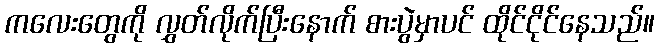
ကလေးတွေကို လွှတ်လိုက်ပြီးနောက် စားပွဲမှာပင် ထိုင်ငိုင်နေသည်။